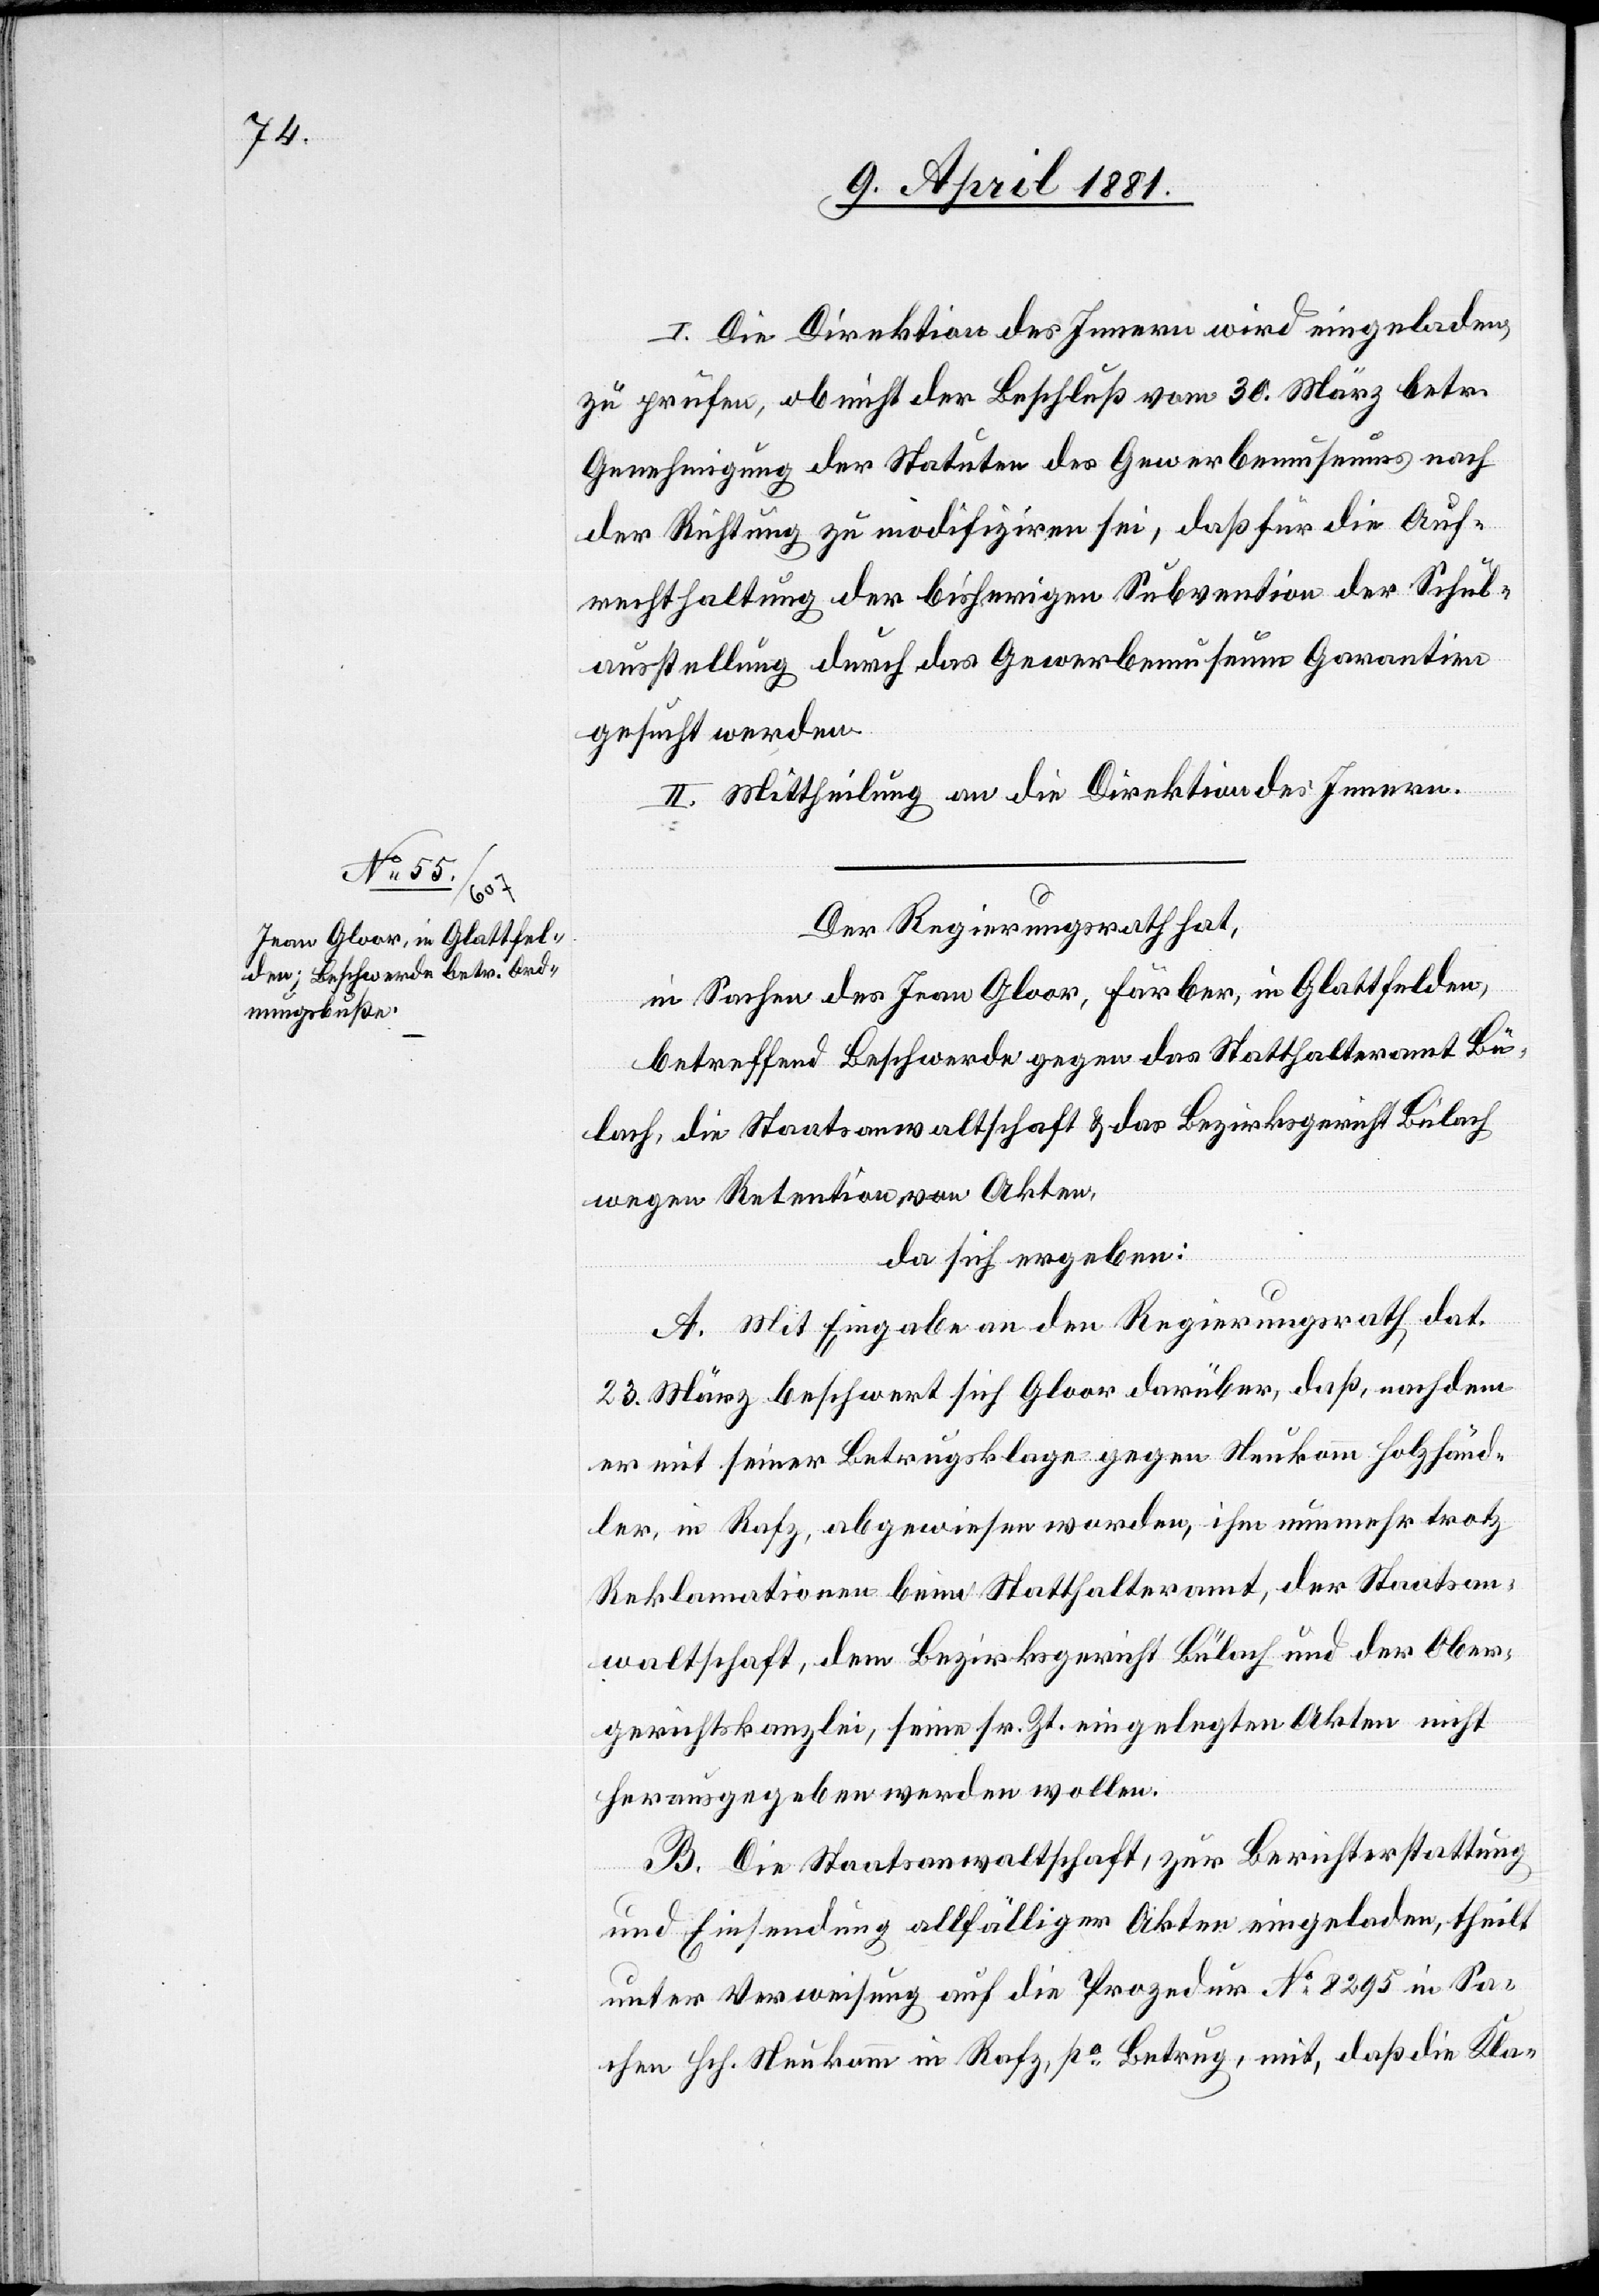
I. Die Direktion der Finanzen wird eingeladen
zu prüfen, ob nicht der Beschluß vom 30. März betr.
Genehmigung der Statuten des Gewerbemuseums nach
der Richtung zu modifizieren sei, daß für die Auf¬
rechthaltung der bisherigen Subvention der Schul¬
ausstellung durch das Gewerbemuseum Garantien
gesucht werden.
II. Mittheilung an die Direktion des Innern.
Der Regierungsrath hat,
in Sachen des Jean Gloor, Färber, in Glattfelden,
betreffend Beschwerde gegen das Statthalteramt Bü¬
lach, die Staatsanwaltschaft & das Bezirksgericht Bülach
wegen Retention von Akten,
da sich ergeben:
A. Mit Eingabe an den Regierungsrath, dat.
23. März beschwert sich Gloor darüber, daß, nachdem
er mit seiner Betrugsklage gegen Neukomm Holzhänd¬
ler, in Rafz, abgewiesen worden, ihm nunmehr trotz
Reklamationen beim Statthalteramt, der Staatsan¬
waltschaft, dem Bezirksgericht Bülach und der Ober¬
gerichtskanzlei, seine sr. Zt. eingelegten Akten nicht
herausgegeben werden wollen.
B. Die Staatsanwaltschaft, zur Berichterstattung
und Einsendung allfälliger Akten eingeladen, theilt
unter Verweisung auf die Prozedur No 8295 in Sa¬
chen Sch. Neukomm in Rafz, po Betrug, mit, das die Kla-